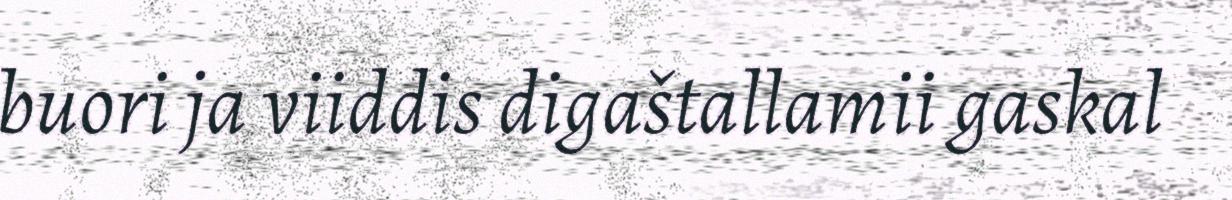
buori ja viiddis digaštallamii gaskal